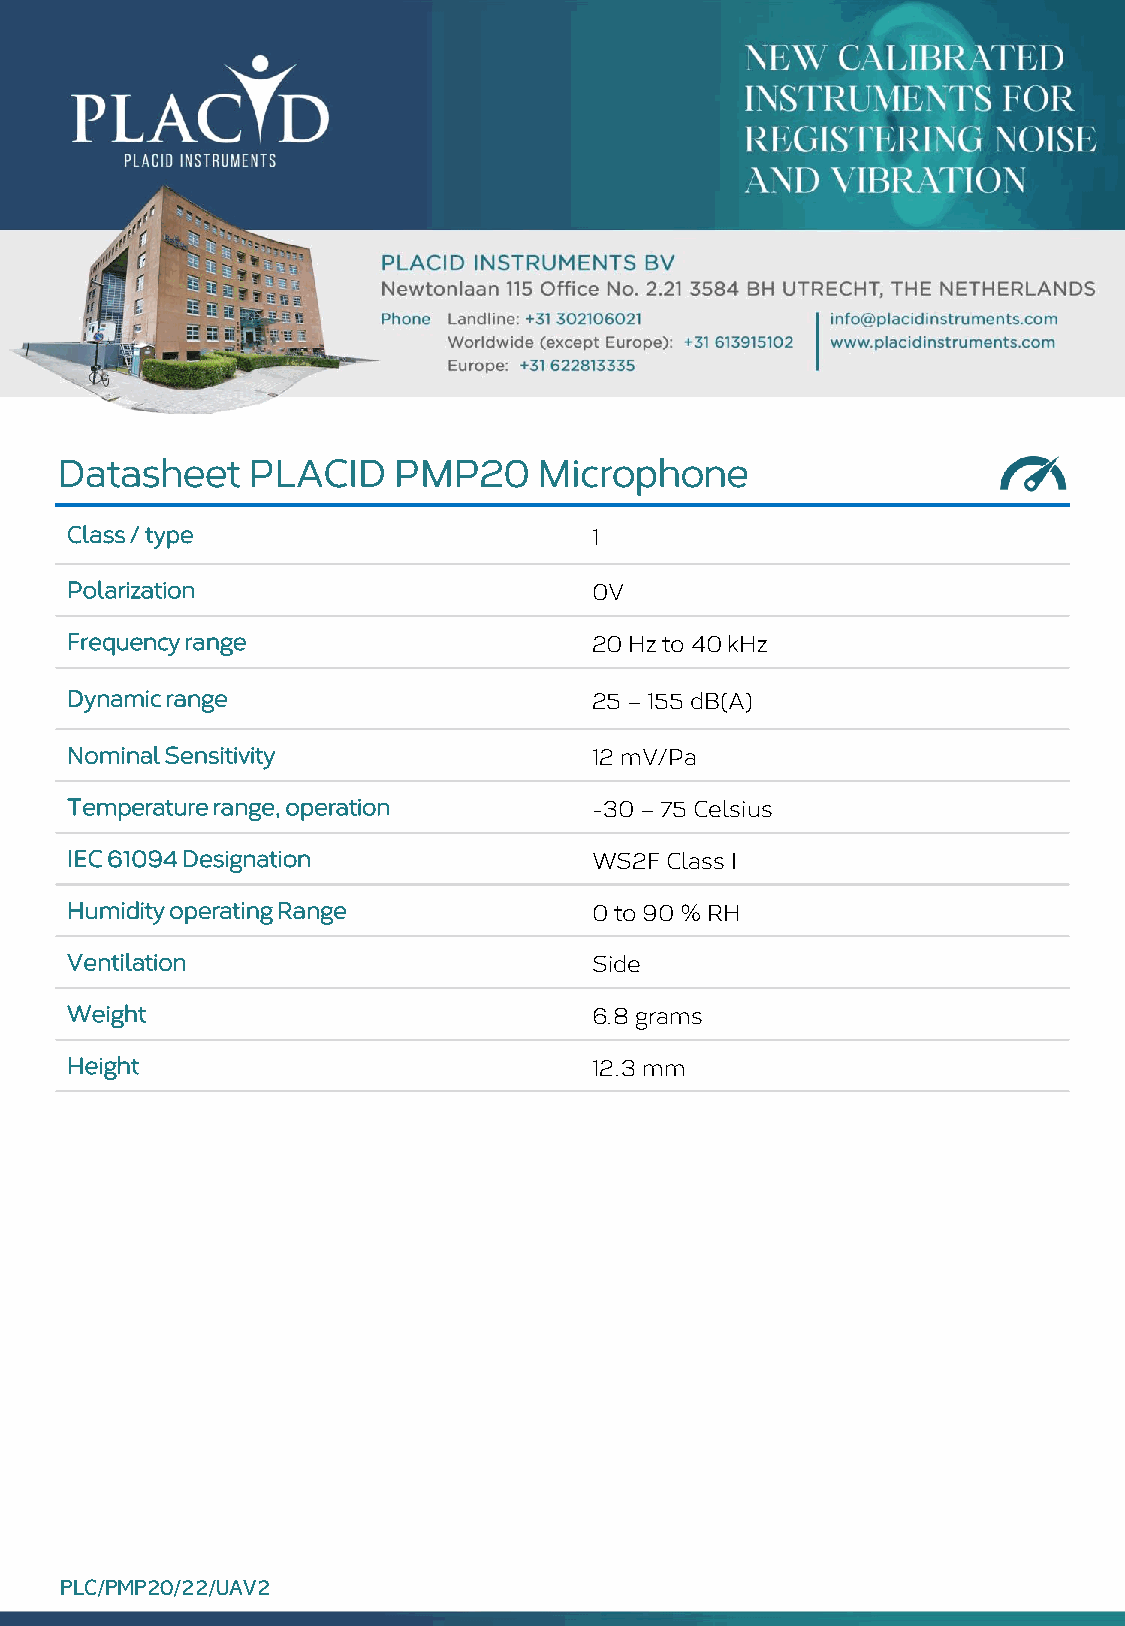
Datasheet   PLACID    PMP20     Microphone
 Class / type                       1
 Polarization                       0V
 Frequency range                    20 Hz to 40 kHz
 Dynamic range                      25 –155 dB(A)
 Nominal Sensitivity                12 mV/Pa
 Temperature range, operation       -30 –75 Celsius
 IEC 61094 Designation              WS2F Class I
 Humidity operating Range           0 to 90 % RH
 Ventilation                        Side
 Weight                             6.8 grams
 Height                             12.3 mm
 PLC/PMP20/22/UAV2